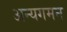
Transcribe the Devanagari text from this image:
अन्यगमन